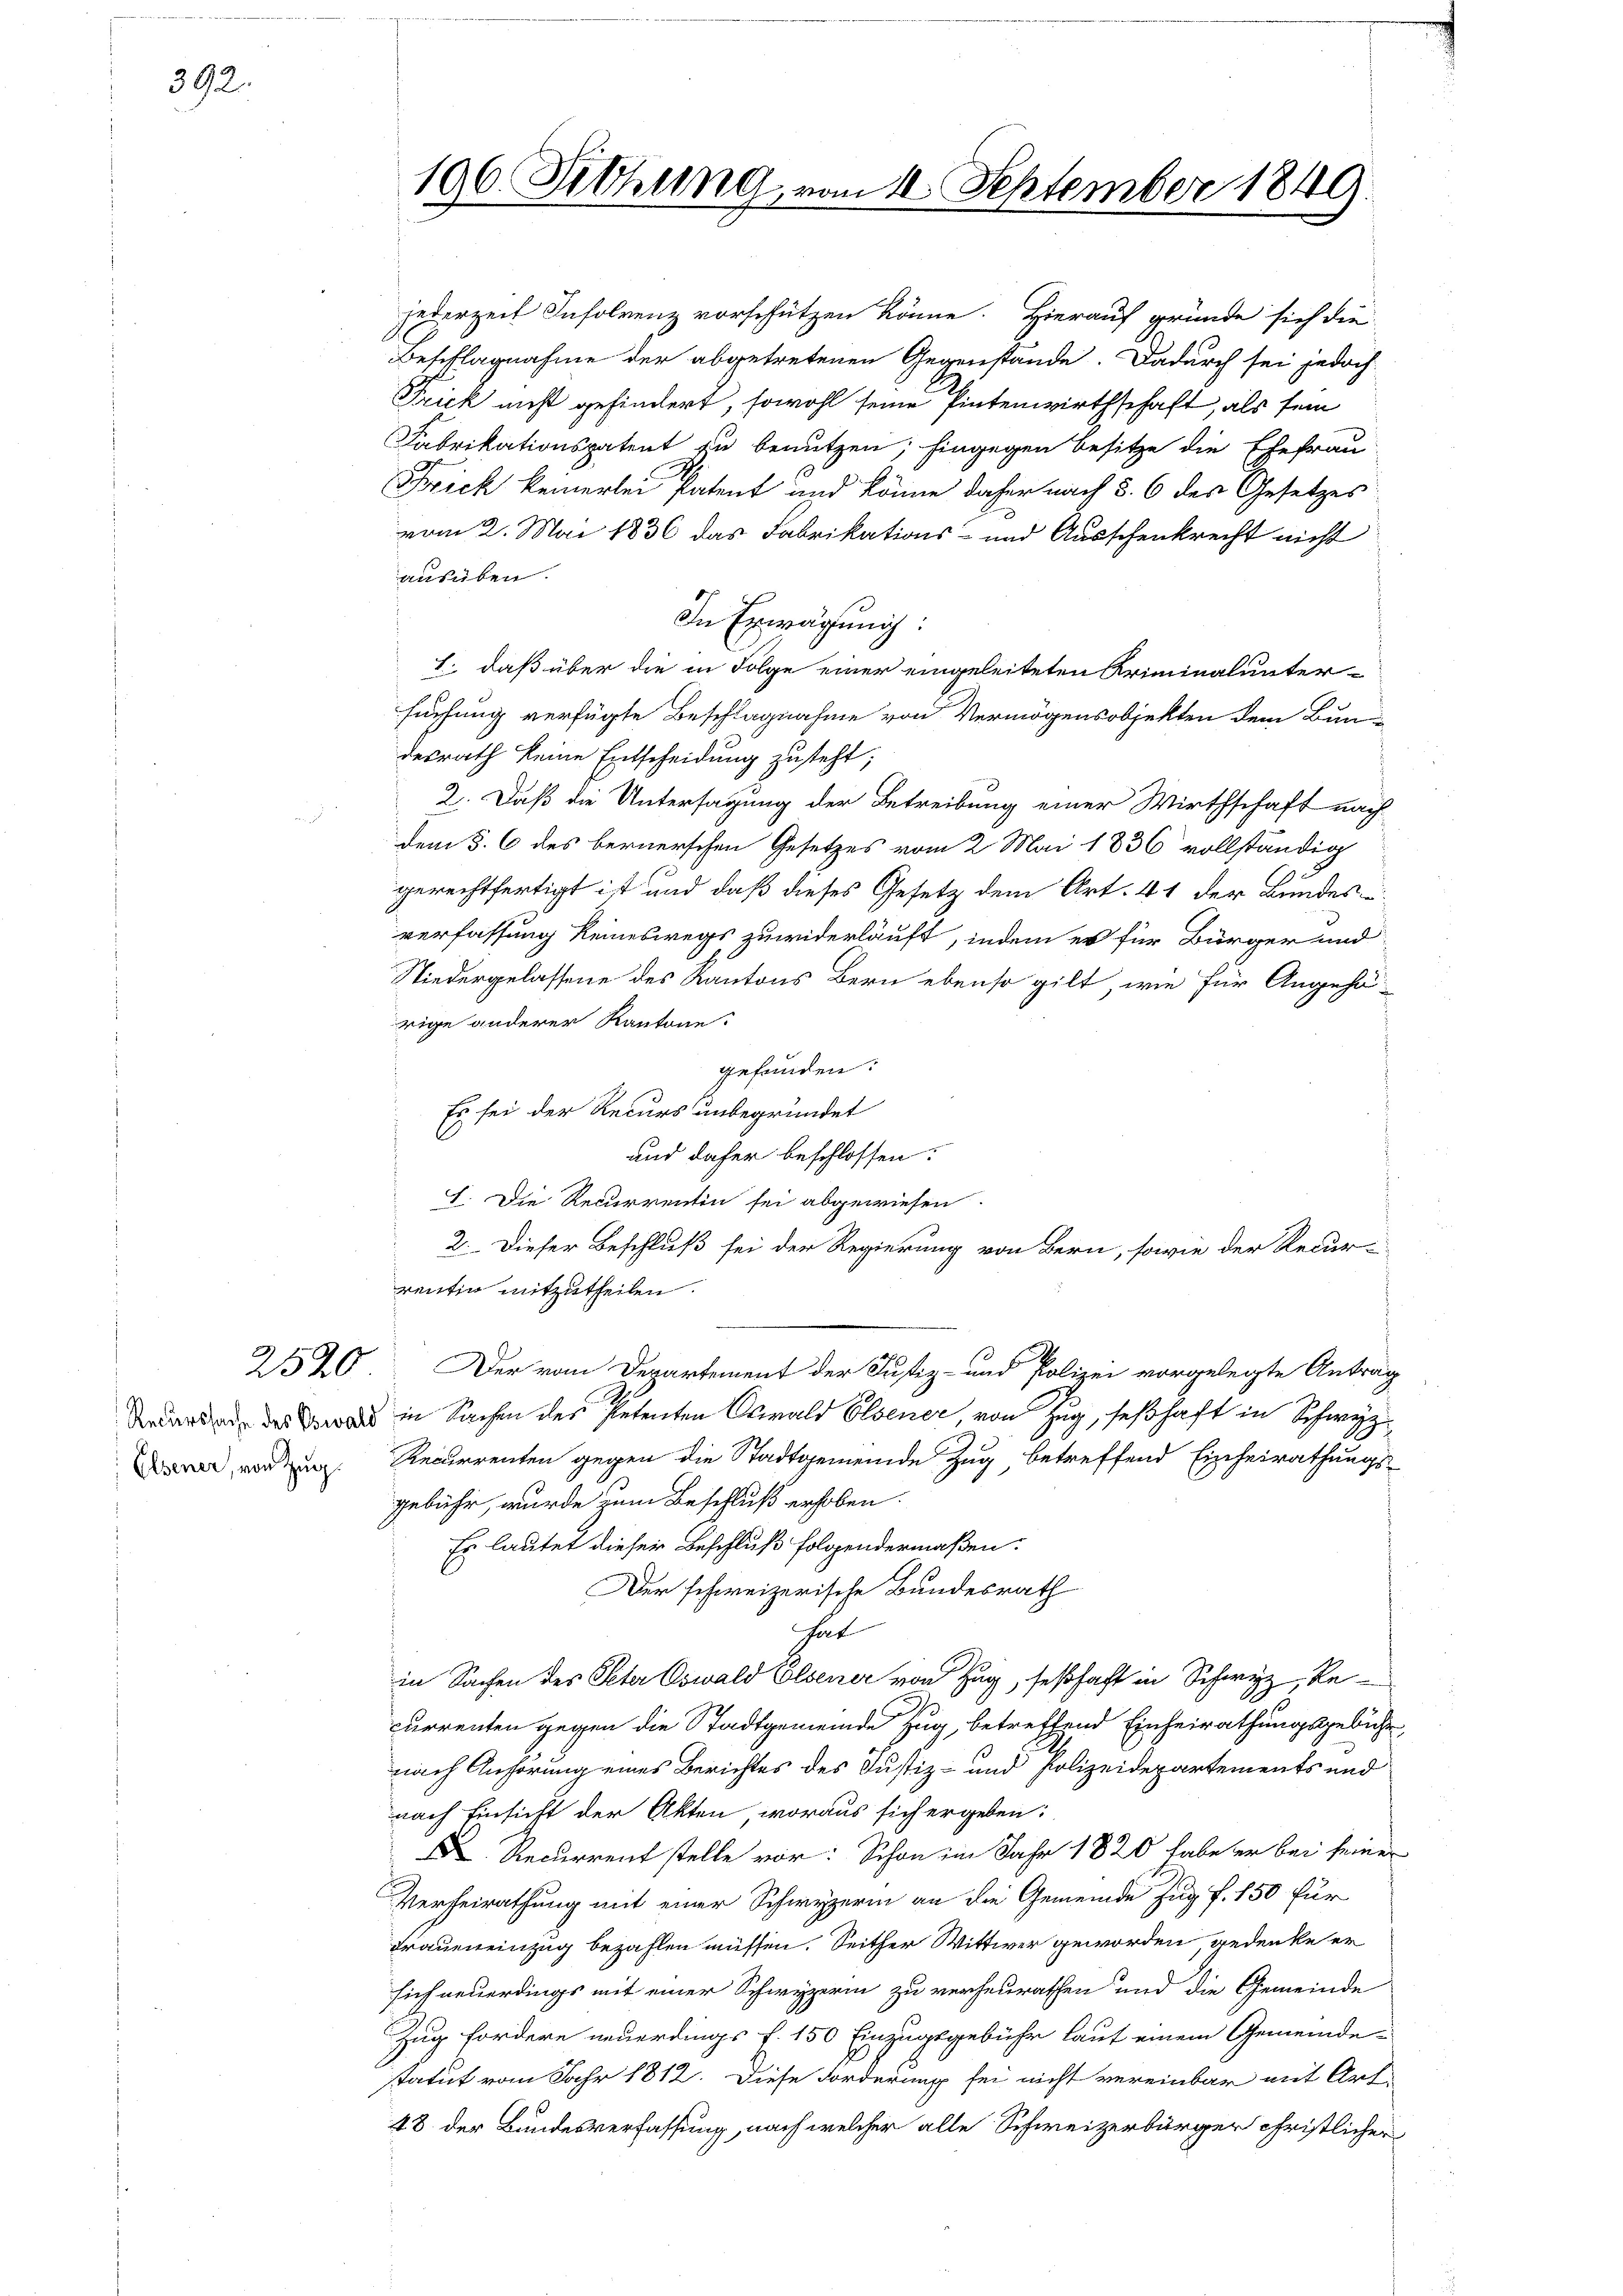
392.

jederzeit Insolvenz vorschützen könne. Hierauf gründe sich die
Beschlagnahme der abgetretenen Gegenstände. Dadurch sei jedoch
Frick nicht gehindert, sowohl seine Pintenwirthschaft, als sein
Fabrikationspatent zu benutzen; hingegen Besitze die Ehefrau
Frick keinerlei Patent und könne daher nach §. 6 des Gesetzes
vom 2. Mai 1836 das Fabrikations- und Ausschenkrecht nicht
ausüben.
In Erwägung:
1. daß über die in Folge einer eingeleiteten Kriminalunter-
suchung verfügte Beschlagnahme von Vermögensobjekten dem Bun-
desrath keine Entscheidung zusteht;
2. Daß die Untersagung der Betreibung einer Wirthschaft nach
dem §. 6 des bernerschen Gesetzes vom 2. Mai 1836 vollständig
gerechtfertigt ist und daß dieses Gesetz dem Art. 41 der Bundes
verfassung keineswegs zuwiderläuft, indem er für Bürger und
Niedergelassene des Kantons Bern ebenso gilt, wie für Angehä-
rige anderer Kantone.
gefunden.
Es sei der Recurs unbegründet
und daher beschlossen:
I. Die Recurrentin sei abgewiesen.
2. Dieser Beschluß sei der Regierung von Bern, sowie der Recur-
reitig mitzutheilen.
2520. Der vom Departement der Justiz- und Polizei vorgelegte Anträg
dard der war in Sachen der Petenten Oswald Elsener, von Zug, seßhaft in Schwyz
 worden Recurrenten gegen die Stadtgemeinde Zug betreffend Einheirathungs-
gebühr, wurde zum Beschluß erhoben.
Es lautet dieser Beschluß folgendermaßen.
Der schweizerische Bundesrath
hat
in Sachen des Peter Oswald Elsener von Zug, seßhaft in Schwyz, Recurrenten gegen die Stadtgemeinde Zug, betreffend Einheirathungsgebühr
nach Anhörung eines Berichtes des Justiz- und Polizeidepartements und
nach Einsicht der Akten woraus sich ergeben:
D Recurrent stelle vor: Schon im Jahr 1820 habe er bei seiner
Verheirathung mit einer Schwyzerin an die Gemeinde Zug f. 150 für
Fraueneinzug bezahlen müssen. Seither Wittwer geworden, gedenke er
sich neuerdings mit einer Schwyzerin zu verheurathen und die Gemeinde
Zug fordere neuerdings f. 150 Einzugsgebühr laut einem Gemeinde-
statut vom Jahr 1812. Diese Forderung sei nicht vereinbar mit Art.
48 der Bundesverfassung, nach welcher alle Schweizerbürger christlicher

196. Sitzung, vom 1. September 1849.